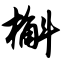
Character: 槲